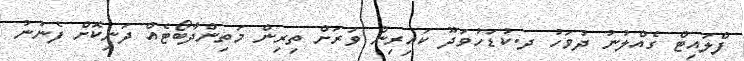
ފްލައިޓް ގެއްލުނު ދުވަހު ދ.ކުޑަހުވަދޫ ކައިރިން ވަރަށް ތިރިން މަތިންދާބޯޓެއް ދަނިކޮށް ފެނުނު